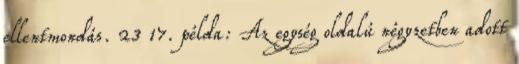
ellentmondás. 23 17. példa: Az egység oldalú négyzetben adott